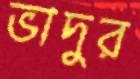
ভাদুর